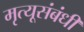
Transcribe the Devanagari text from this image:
मृत्यूसंबंधी